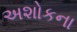
અશોકના